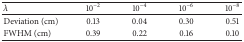
<table><thead><tr><td><b><i>λ</i></b></td><td><b>10<sup>−2</sup></b></td><td><b>10<sup>−4</sup></b></td><td><b>10<sup>−6</sup></b></td><td><b>10<sup>−8</sup></b></td></tr></thead><tbody><tr><td>Deviation (cm)</td><td>0.13</td><td>0.04</td><td>0.30</td><td>0.51</td></tr><tr><td>FWHM (cm)</td><td>0.39</td><td>0.22</td><td>0.16</td><td>0.10</td></tr></tbody></table>